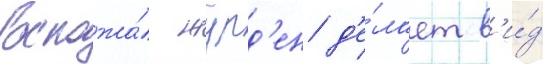
Госпожа́ журд'ен д'е́лает в'и́д